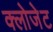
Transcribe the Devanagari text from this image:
क्लोजेट